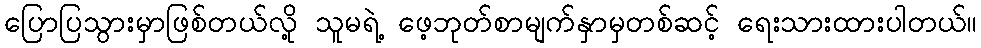
ပြောပြသွားမှာဖြစ်တယ်လို့ သူမရဲ့ ဖေ့ဘုတ်စာမျက်နှာမှတစ်ဆင့် ရေးသားထားပါတယ်။